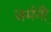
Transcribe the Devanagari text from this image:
जर्मनी़